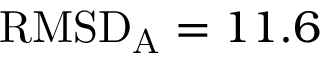
\mathrm { R M S D } _ { \mathrm { A } } = 1 1 . 6